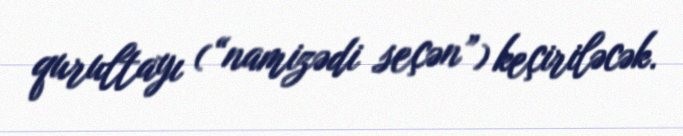
qurultayı (“namizədi seçən”) keçiriləcək.